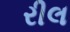
રીલ